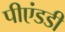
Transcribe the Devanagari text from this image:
पीएंडडी